画像に写った文字を読んでください
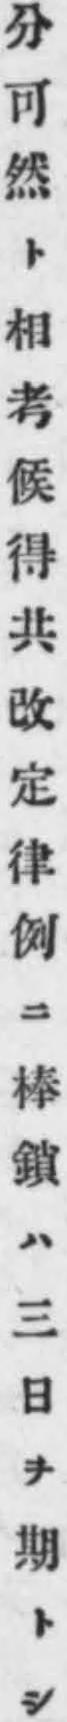
「分可然ト相考候得共改定律例ニ棒鎖ハ三日ヲ期トシ」と書いてあります